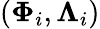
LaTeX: (\mathbf{\Phi}_{i},\mathbf{\Lambda}_{i})